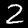
Digit: 2